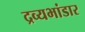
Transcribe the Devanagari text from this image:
द्रव्यभांडार